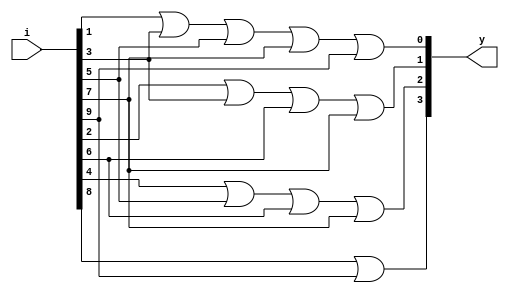
module encoder_dectoBCD(input [9:0]i, output [3:0]y);
assign y[0] = (i[1] | i[3] | i[5] | i[7] | i[9]);
assign y[1] = (i[2] | i[3] | i[6] | i[7]);
assign y[2] = (i[4] | i[5] | i[6] | i[7]);
assign y[3] = (i[8] | i[9]);
endmodule

//also known as decimal to binary encoder